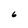
Character: 6